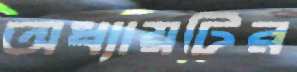
অধ্যায়টির